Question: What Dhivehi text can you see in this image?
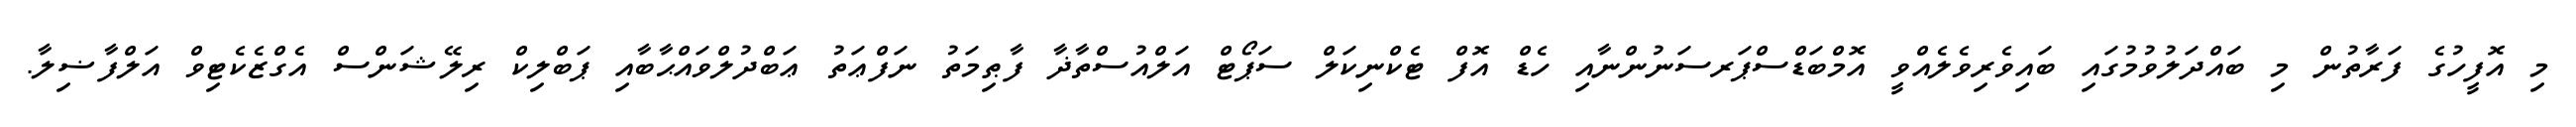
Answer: މި އޮފީހުގެ ފަރާތުން މި ބައްދަލުވުމުގައި ބައިވެރިވެލެއްވީ އޮމްބަޑްސްޕަރސަނުންނާއި ހެޑް އޮފް ޓެކްނިކަލް ސަޕޯޓް އަލްއުސްތާޛާ ފާޠިމަތު ނަފްޢަތު ޢަބްދުލްވައްޙާބާއި ޕަބްލިކް ރިލޭޝަންސް އެގްޒެކެޓިވް އަލްފާޟިލާ.